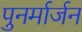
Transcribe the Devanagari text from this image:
पुनर्मार्जन